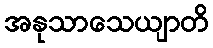
အနုသာသေယျာတိ